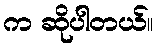
က ဆိုပါတယ်။